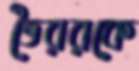
ভৈররকে